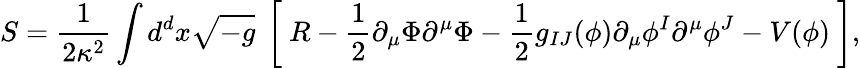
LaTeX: S=\frac 1{2\kappa^{2}}\int d^{d}x\sqrt{-g}\ \left[\ R-\frac 12\partial_{\mu}\Phi\partial^{\mu}\Phi-\frac 12g_{IJ}(\phi)\partial_{\mu}\phi^{I}\partial^{\mu}\phi^{J}-V(\phi)\ \right],